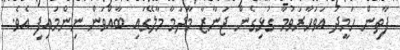
ފާތިން ހަމީދު އަވަހާރަވުމާ ގުޅިގެން ޖަނާޒާ މާދަމާ މާލޭގައި ބާއްވަން ނިންމައިފި އެވެ.